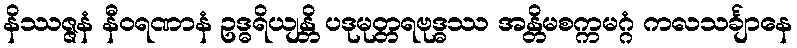
နိဿဇ္ဇနံ နီဝရဏာနံ ဥဒ္ဓရိယျန္တိ ပဒုမုတ္တရဗုဒ္ဓဿ အန္တိမစက္ကမဂ္ဂံ ကလသင်္ချာနေ